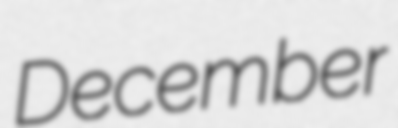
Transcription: December